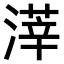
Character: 𣻿